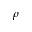
\rho